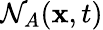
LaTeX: \mathcal{N}_{A}(\mathbf{x},t)